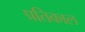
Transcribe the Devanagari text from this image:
प्रतिकाल